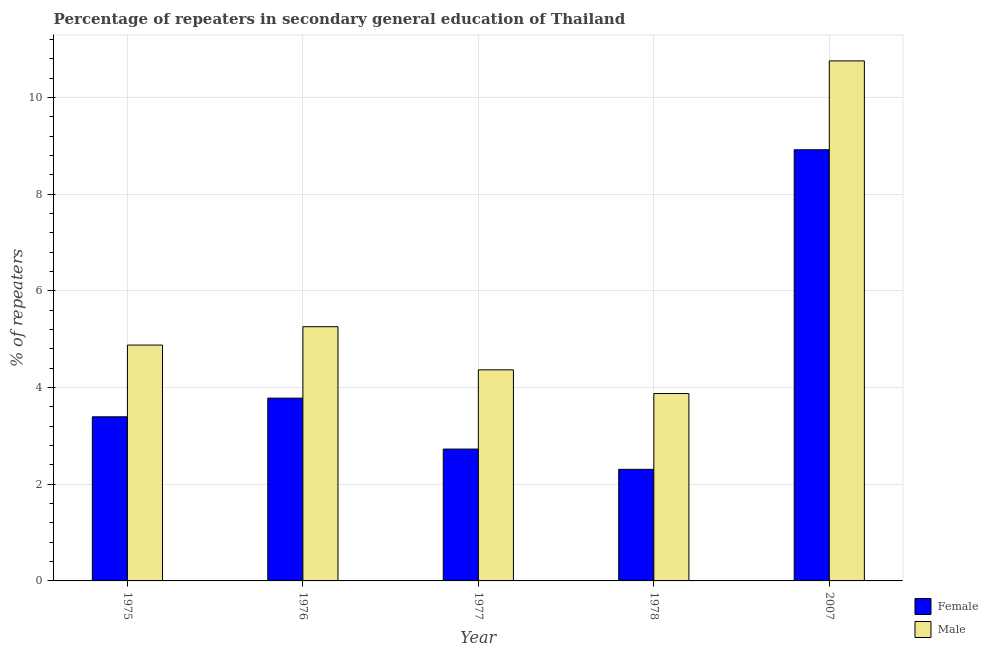
| Year | Female | Male |
 | --- | --- | --- |
 | 1975 | 3.39 | 4.88 |
 | 1976 | 3.78 | 5.26 |
 | 1977 | 2.73 | 4.37 |
 | 1978 | 2.31 | 3.88 |
 | 2007 | 8.92 | 10.8 |